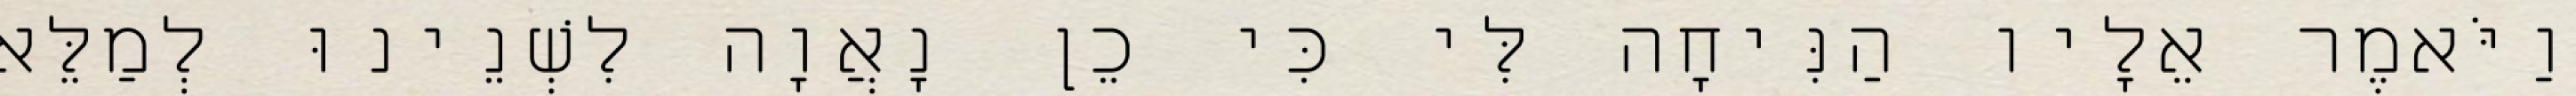
וַיֹּאמֶר אֵלָיו הַנִּיחָה לִּי כִּי כֵן נָאֲוָה לִשְׁנֵינוּ לְמַלֵּא